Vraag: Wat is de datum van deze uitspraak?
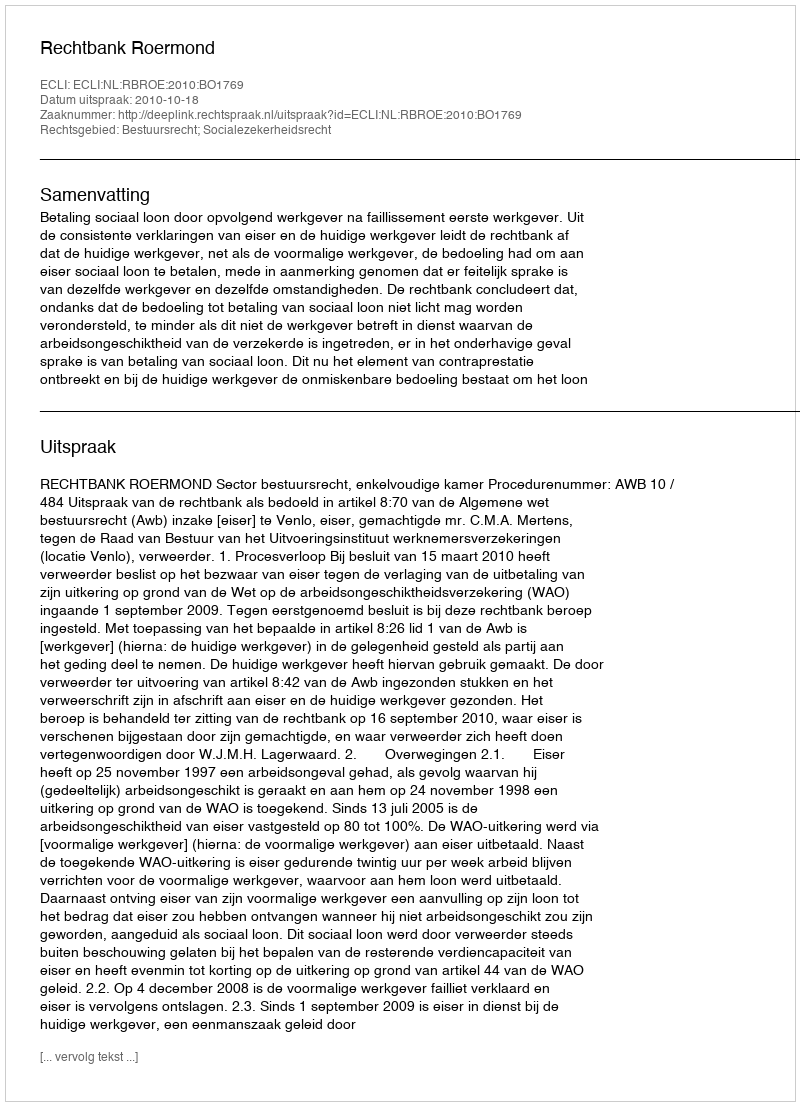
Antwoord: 2010-10-18